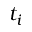
t _ { i }